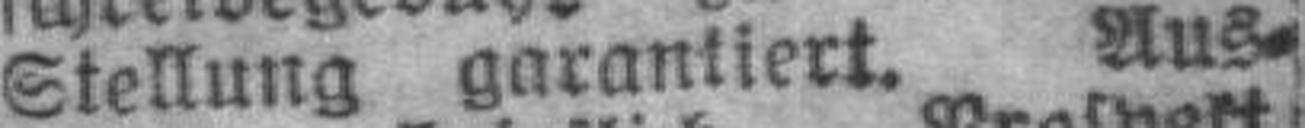
Stellung garantiert. Aus¬